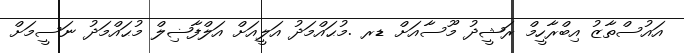
އައުސްތާޒު އިބްރާހީމް ރަޝީދު މޫސާއަށް ޑރ .މުޙައްމަދު އަލީއަށް އަލްފާޟިލް މުޙައްމަދު ނަސީމަށް